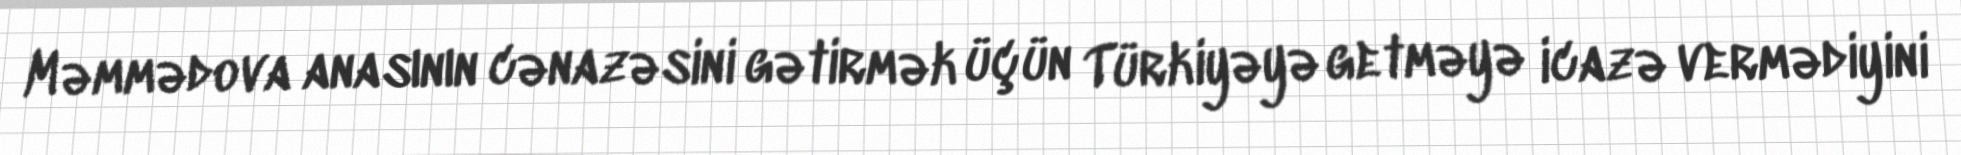
Məmmədova anasının cənazəsini gətirmək üçün Türkiyəyə getməyə icazə vermədiyini